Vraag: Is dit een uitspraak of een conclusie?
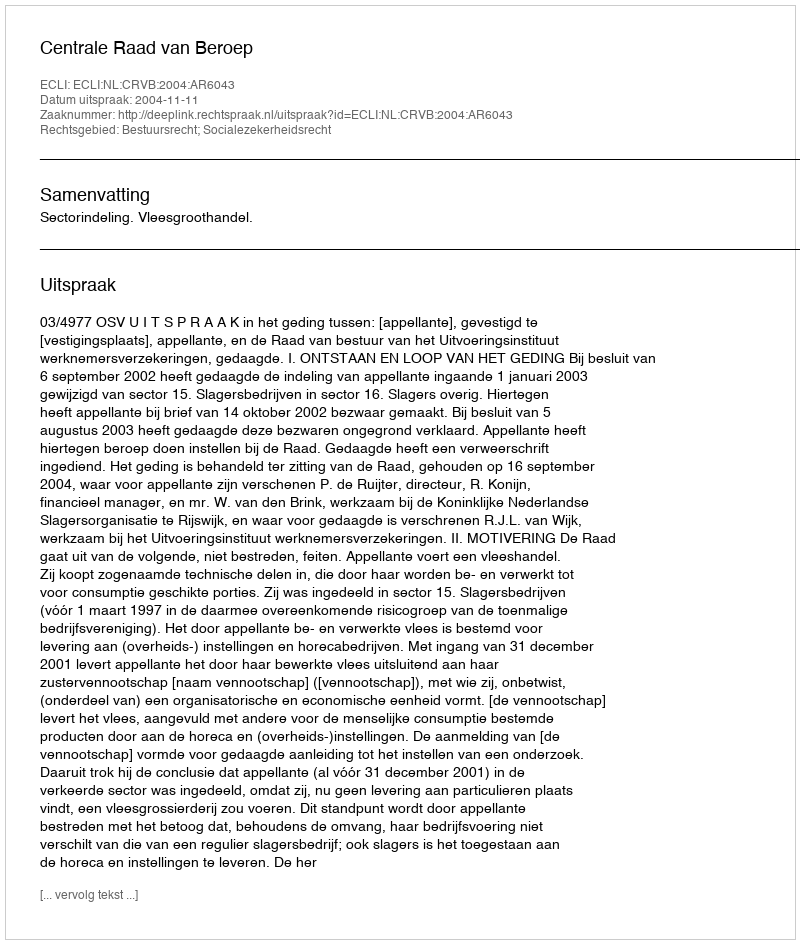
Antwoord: Uitspraak